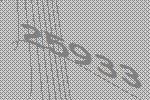
25933